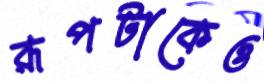
রূপটাকেও